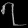
Digit: ၇